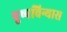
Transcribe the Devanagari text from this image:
पुष्पविन्यास